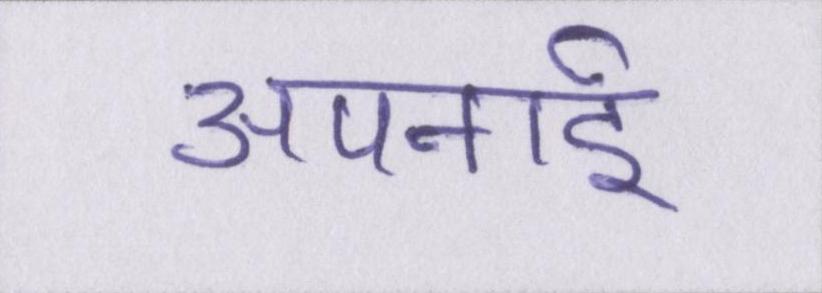
अपनाई